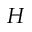
H